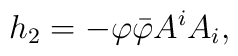
h_{2}=-\varphi \bar{\varphi}A^{i}A_{i},